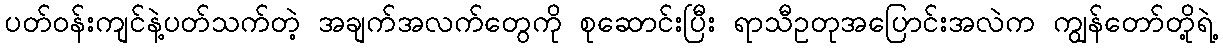
ပတ်ဝန်းကျင်နဲ့ပတ်သက်တဲ့ အချက်အလက်တွေကို စုဆောင်းပြီး ရာသီဥတုအပြောင်းအလဲက ကျွန်တော်တို့ရဲ့